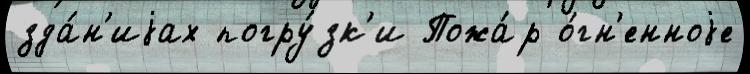
зда́н'иjах погру́зк'и Пожа́р о́гн'енноjе